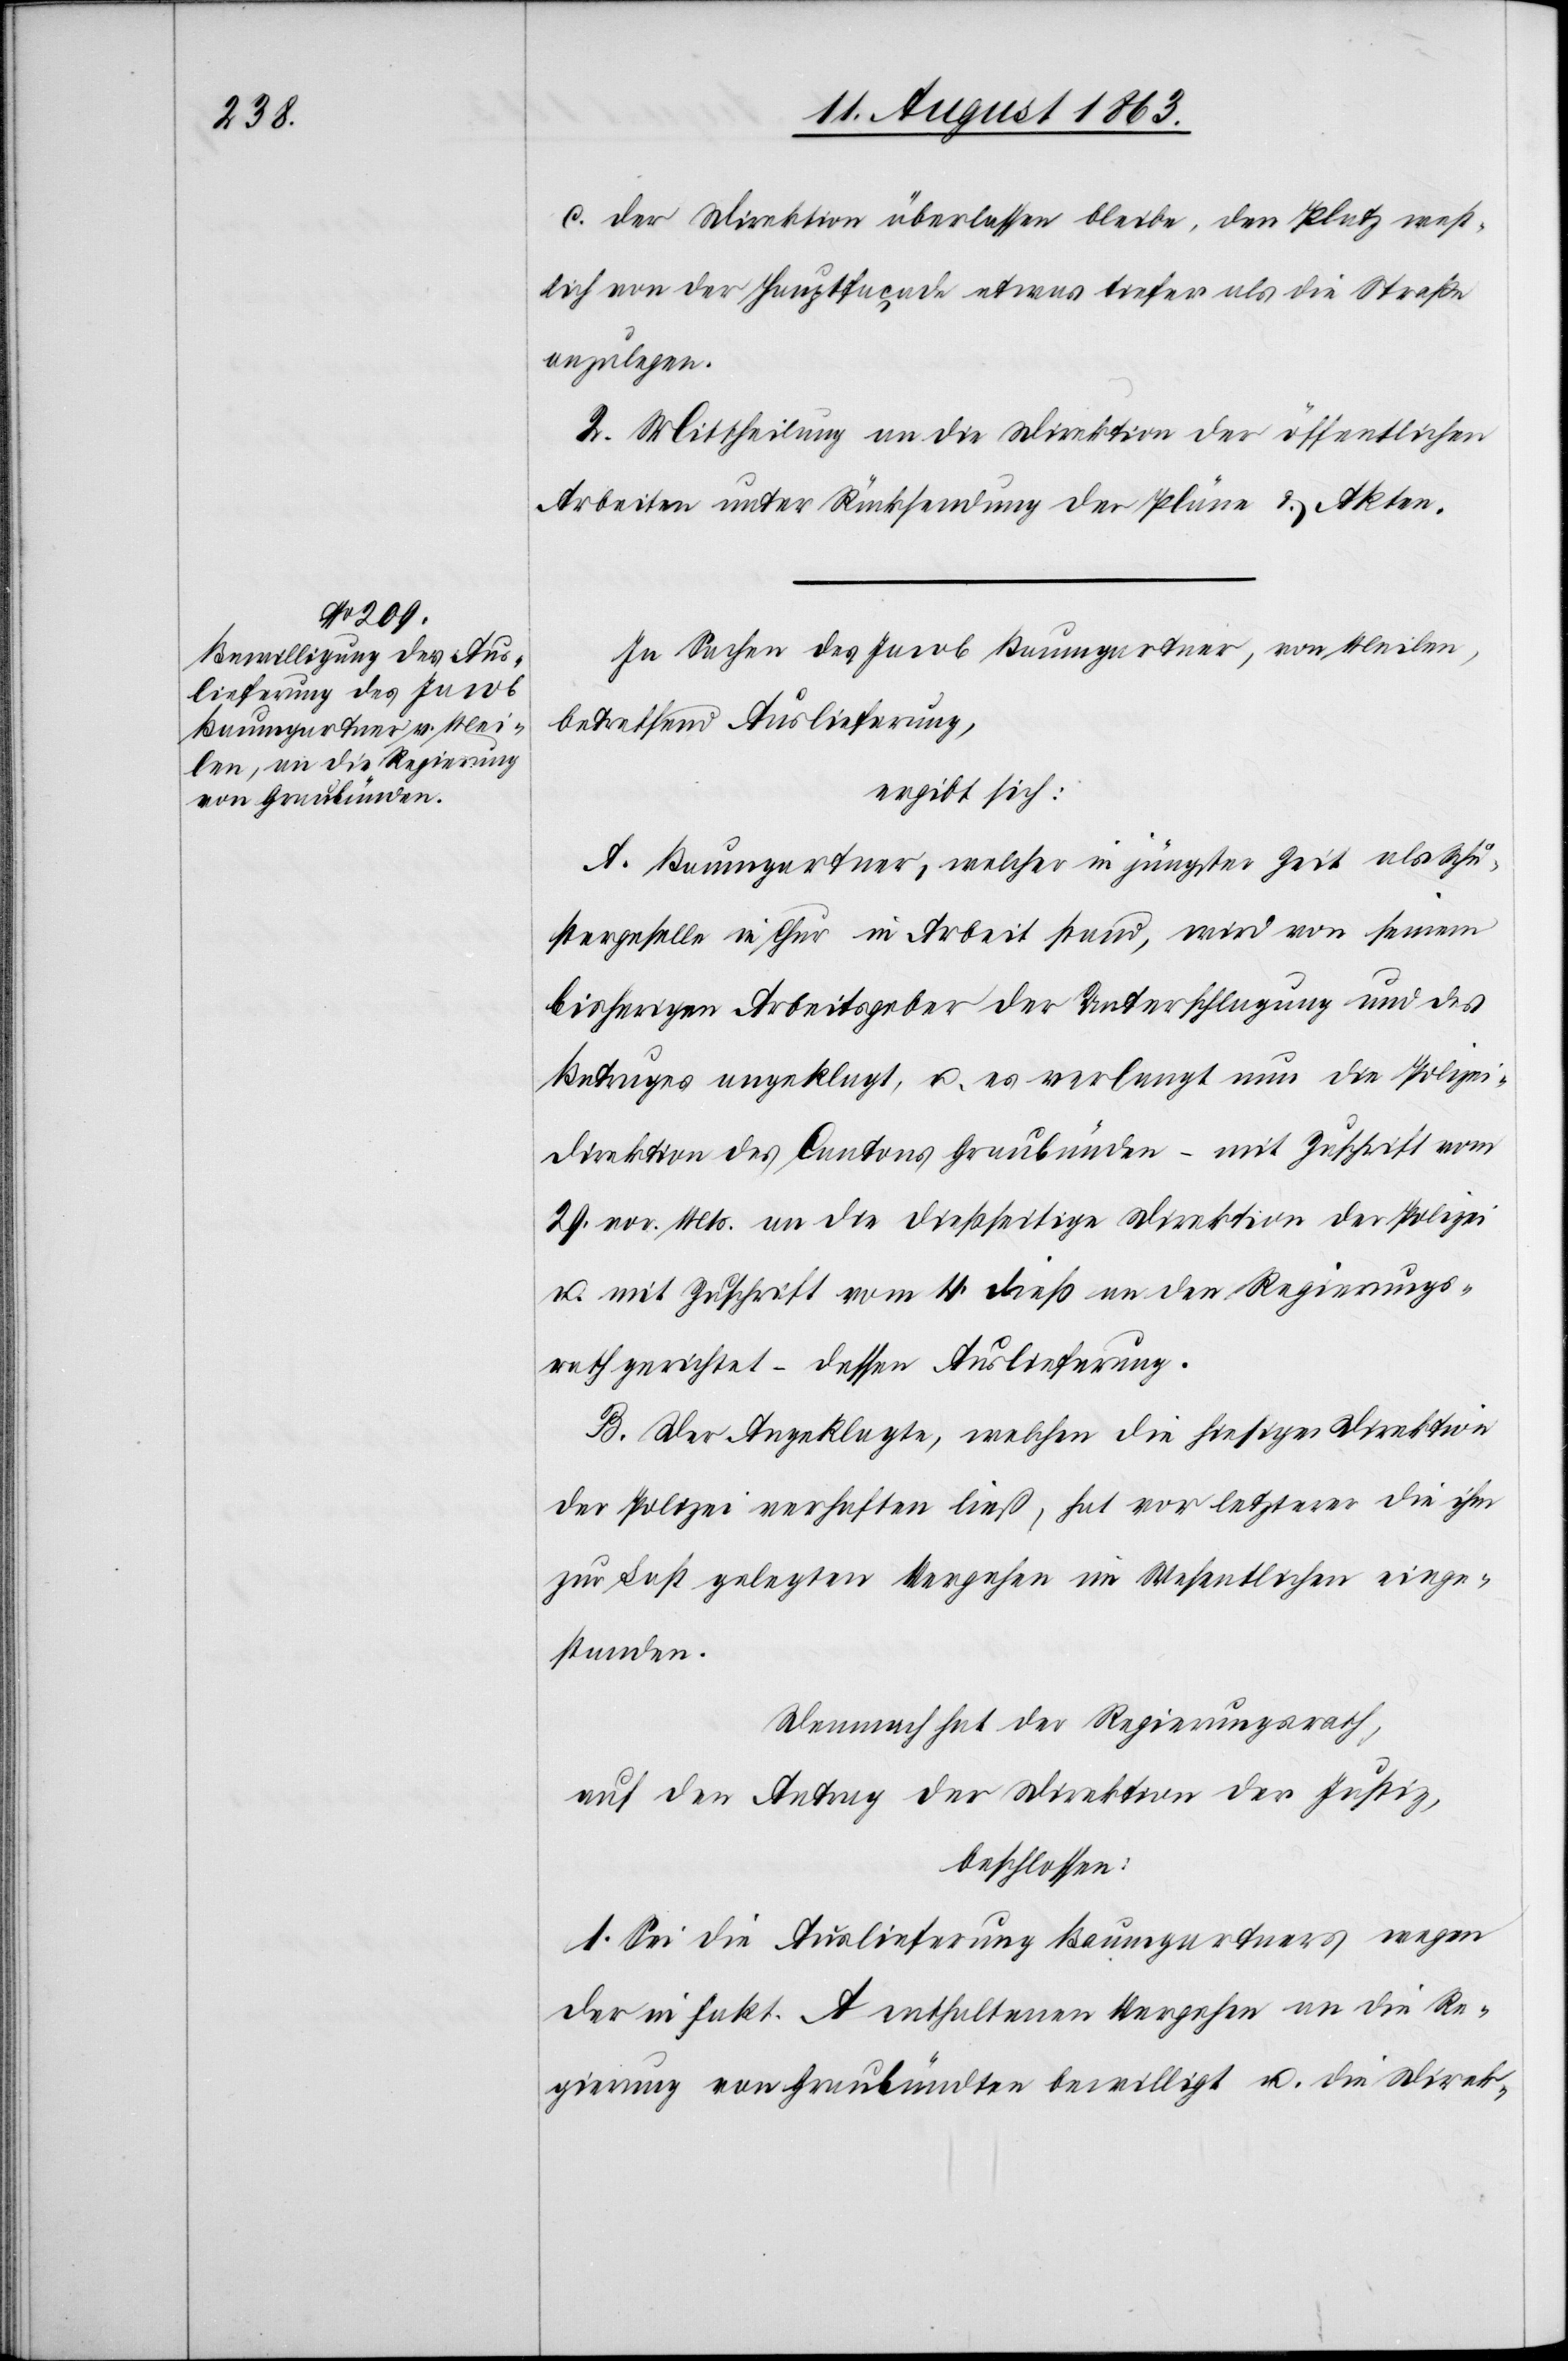
c.) der Direktion überlassen bleibe, den Platz west¬
lich von der Hauptfaçade etwas tiefer als die Straße
anzulegen.
2. Mittheilung an die Direktion der öffentlichen
Arbeiten unter Rücksendung der Pläne & Akten.
In Sachen des Jacob Baumgartner, von Meilen,
betreffend Auslieferung,
ergibt sich:
A. Baumgartner, welcher in jüngster Zeit als Schu¬
stergeselle in Chur in Arbeit stand, wird von seinem
bisherigen Arbeitsgeber der Unterschlagung und des
Betruges angeklagt, u. es verlangt nun die Polizei¬
direktion des Cantons Graubünden – mit Zuschrift vom
29. vor. Mts. an die dießseitige Direktion der Polizei
u. mit Zuschrift vom 4. dieß an den Regierungs¬
rath gerichtet – dessen Auslieferung.
B. Der Angeklagte, welchen die hiesige Direktion
der Polizei verhaften ließ, hat vor letzterer die ihm
zur Last gelegten Vergehen im Wesentlichen einge¬
standen.
Demnach hat der Regierungsrath,
auf den Antrag der Direktion der Justiz,
beschlossen:
1. Sei die Auslieferung Baumgartners wegen
der in Fakt. A enthaltenen Vergehen an die Re¬
gierung von Graubündten [sic!] bewilligt u. die Direk-